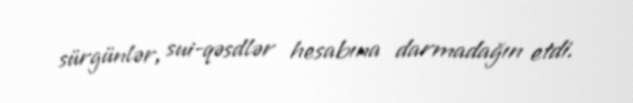
sürgünlər, sui-qəsdlər hesabına darmadağın etdi.